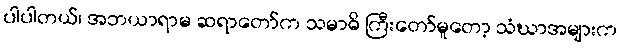
ပါပါတယ်၊ အဘယာရာမ ဆရာတော်က သမာဓိ ကြီးတော်မူတော့ သံဃာအများက